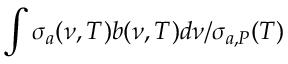
\int \sigma _ { a } ( \nu , T ) b ( \nu , T ) d \nu / \sigma _ { a , P } ( T )